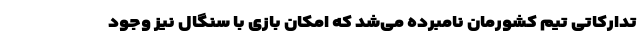
تدارکاتی تیم کشورمان نامبرده می‌شد که امکان بازی با سنگال نیز وجود